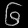
Digit: ၆